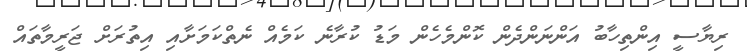
ރިޔާސީ އިންތިހާބު އަންނަންދެން ކޮންމެހެން މަޑު ކުރާނެ ކަމެއް ނެތްކަމަށާއި އިތުރަށް ޖަރީމާތައް